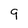
Character: 9